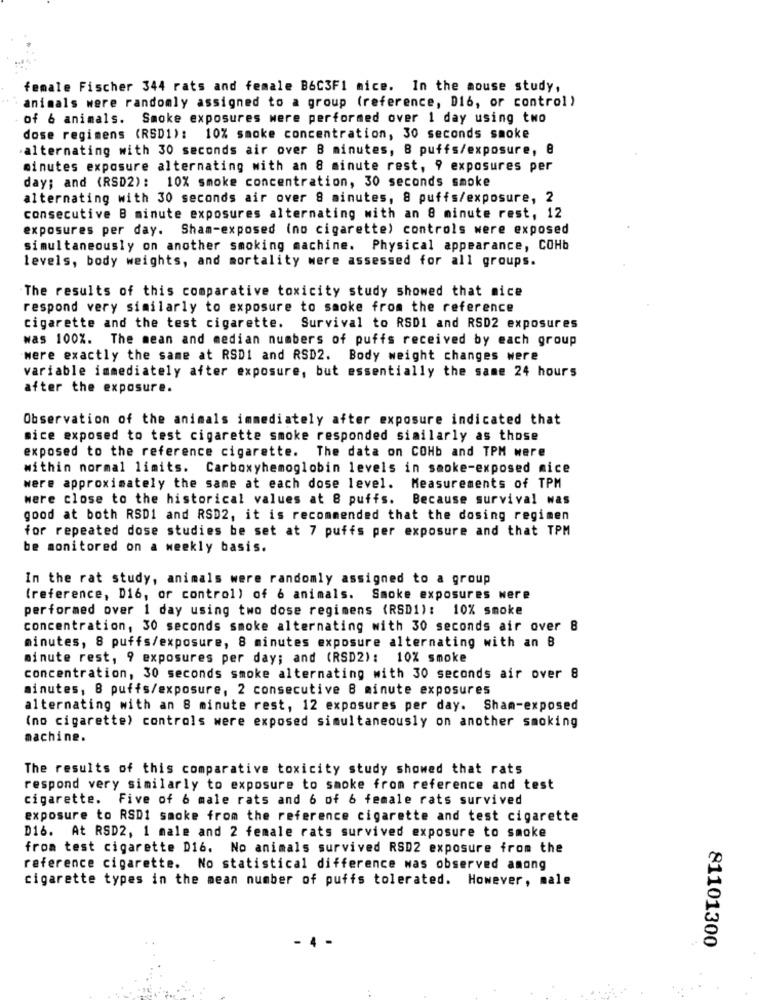
female Fischer 344 rats and female B6C3F1 mice. In the mouse study,
animals were randomly assigned to a group (reference, D16, or control )
of & animals. Smoke exposures were performed over 1 day using two
dose regimens (RSD1): 10% smoke concentration, 30 seconds smoke
alternating with 30 seconds air over B minutes, 8 puffs/exposure, e
minutes exposure alternating with an 8 minute rest, 9 exposures per
day; and (RSD2): 10% smoke concentration, 30 seconds smoke
alternating with 30 seconds air over 8 minutes, 8 puffs/exposure, 2
consecutive B minute exposures alternating with an 8 minute rest, 12
exposures per day. Sham-exposed (no cigarette) controls were exposed
simultaneously on another smoking machine. Physical appearance, COHb
levels, body weights, and mortality were assessed for all groups.
The results of this comparative toxicity study showed that mice
respond very similarly to exposure to smoke from the reference
cigarette and the test cigarette. Survival to RSD1 and RSD2 exposures
was 100%. The mean and median numbers of puffs received by each group
were exactly the same at RSDI and RSD2. Body weight changes were
variable immediately after exposure, but essentially the same 24 hours
after the exposure.
Observation of the animals immediately after exposure indicated that
sice exposed to test cigarette smoke responded similarly as those
exposed to the reference cigarette. The data on COHb and TPM were
within normal limits. Carboxyhemoglobin levels in smoke-exposed mice
were approximately the same at each dose level. Measurements of TPM
were close to the historical values at 8 puffs. Because survival was
good at both RSD1 and RSD2, it is recommended that the dosing regimen
for repeated dose studies be set at 7 puffs per exposure and that TPM
be monitored on a weekly basis.
In the rat study, animals were randomly assigned to a group
(reference, D16, or control) of 6 animals. Smoke exposures were
performed over 1 day using two dose regimens (RSD1): 10% smoke
concentration, 30 seconds smoke alternating with 30 seconds air over 8
minutes, 8 puffs/exposure, 8 minutes exposure alternating with an B
minute rest, 9 exposures per day; and (RSD2): 10% smoke
concentration, 30 seconds smoke alternating with 30 seconds air over 8
minutes, 8 puffs/exposure, 2 consecutive 8 minute exposures
alternating with an 8 minute rest, 12 exposures per day. Sham-exposed
(no cigarette) controls were exposed simultaneously on another smoking
machine.
The results of this comparative toxicity study showed that rats
respond very similarly to exposure to smoke from reference and test
cigarette. Five of 6 male rats and 6 of 6 female rats survived
exposure to RSD1 smoke from the reference cigarette and test cigarette
D16. At RSD2, 1 male and 2 female rats survived exposure to smoke
from test cigarette D16. No animals survived RSD2 exposure from the
reference cigarette. No statistical difference was observed among
cigarette types in the mean number of puffs tolerated. However, male
81101300